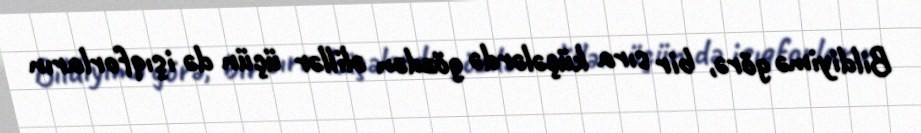
Bildiyimə görə, bir sıra küçələrdə gözdən əlillər üçün də işıqforların